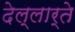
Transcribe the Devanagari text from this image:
देल्लार्ते